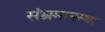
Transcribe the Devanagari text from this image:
संभ्रमानस्था